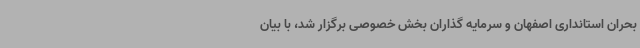
بحران استانداری اصفهان و سرمایه گذاران بخش خصوصی برگزار شد، با بیان